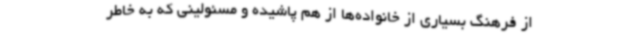
از فرهنگ بسیاری از خانواده‌ها از هم پاشیده و مسئولینی که به خاطر